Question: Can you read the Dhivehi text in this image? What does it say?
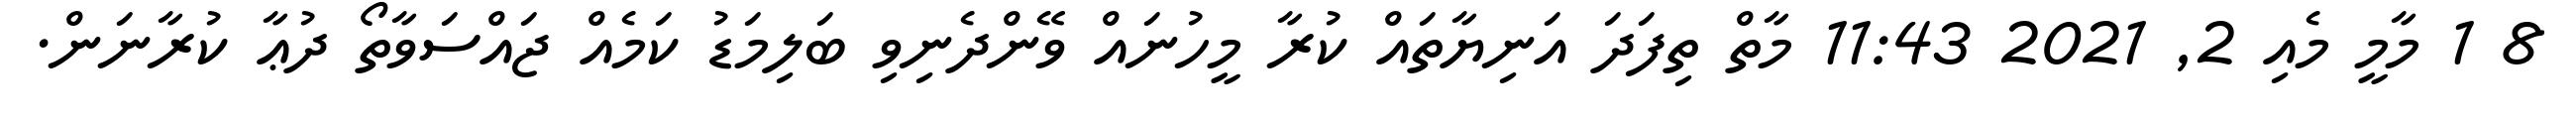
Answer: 8 1 މާމީ މެއި 2, 2021 11:43 މާތް ތިފަދަ އަނިޔާތައް ކުރާ މީހުނައް ވޭންދެނިވި ބަލިމަޑު ކަމެއް ޖައްސަވާތޯ ދުޢާ ކުރާނަން.